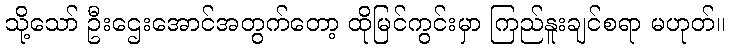
သို့သော် ဦးဌေးအောင်အတွက်တော့ ထိုမြင်ကွင်းမှာ ကြည်နူးချင်စရာ မဟုတ်။